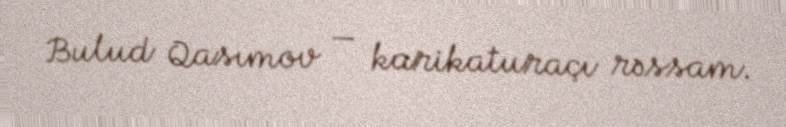
Bulud Qasımov — karikaturaçı rəssam.